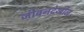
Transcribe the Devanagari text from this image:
जीवनदेखील